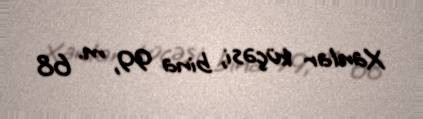
Xanlar küçəsi, bina 99, m. 68